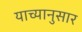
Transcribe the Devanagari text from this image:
याच्यानुसार